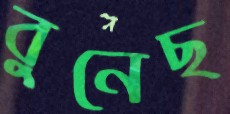
বুনেছ